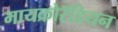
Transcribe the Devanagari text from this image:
मायक्रोरॅडियन